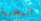
البحرية